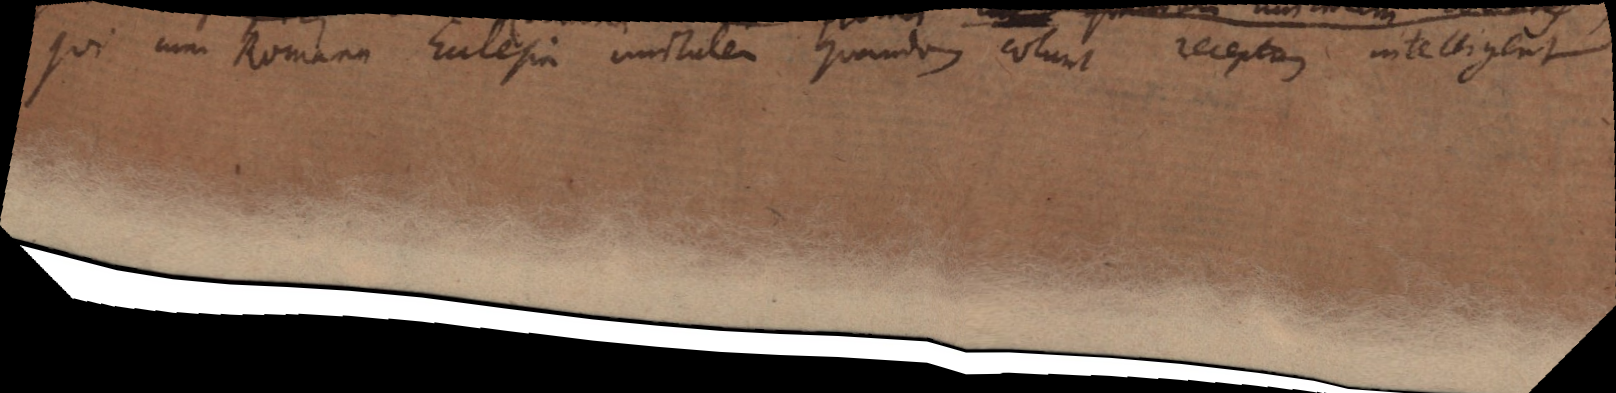
qui cum Romana Ecclesia unitatem quandam colunt receptum intelligent.